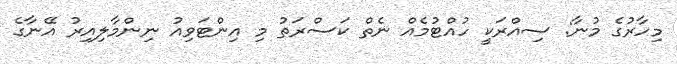
މިހާރުގެ މުނާ: ސިއްރަކީ ހުއްޓުމެއް ނެތް ކަސްރަތު މި އިންޓަވިއު ނިންމާލިއިރު އޭނާގެ